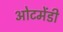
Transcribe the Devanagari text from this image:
ओटमेंडी